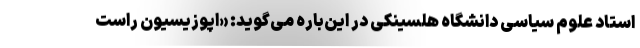
استاد علوم سیاسی دانشگاه هلسینکی در این‌باره می‌گوید: «اپوزیسیون راست